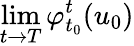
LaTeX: \operatorname*{lim}_{t\to T}\varphi_{t_{0}}^{t}(u_{0})